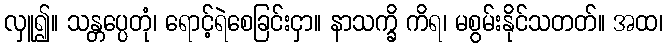
လှူ၍။ သန္တပ္ပေတုံ၊ ရောင့်ရဲစေခြင်းငှာ။ နာသက္ခိ ကိရ၊ မစွမ်းနိုင်သတတ်။ အထ၊